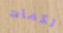
لكمات